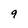
Character: 9